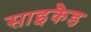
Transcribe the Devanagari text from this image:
साइकैड